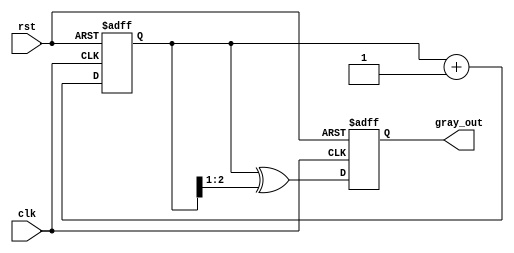
module gray_code_counter #(
    parameter N = 3 // Number of bits for the Gray code counter
)(
    input wire clk,        // Clock signal
    input wire rst,        // Asynchronous reset signal
    output reg [N-1:0] gray_out // Gray code output
);

    // Binary counter
    reg [N-1:0] binary_count;

    // Always block for counter operation
    always @(posedge clk or posedge rst) begin
        if (rst) begin
            // Reset the counter to 0 in Gray code format
            binary_count <= 0;
            gray_out <= 0;
        end else begin
            // Increment the binary counter
            binary_count <= binary_count + 1;

            // Convert binary to Gray code
            gray_out <= binary_count ^ (binary_count >> 1);
        end
    end
endmodule